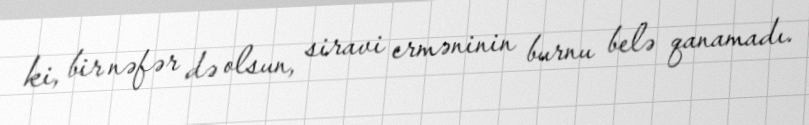
ki, bir nəfər də olsun, siravi erməninin burnu belə qanamadı.